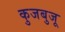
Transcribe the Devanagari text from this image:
कुजबुजू